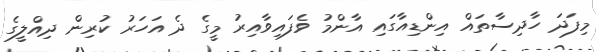
މިފަދަ ހާދިސާތައް އިންޑިއާގައި އާންމު ވެފައިވާއިރު މީގެ ދެ އަހަރު ކުރިން ދިއްލީގެ